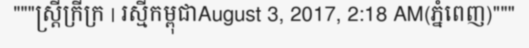
"""ស្ត្រីក្រីក្រ | រស្មីកម្ពុជាAugust 3, 2017, 2:18 AM(ភ្នំពេញ)"""